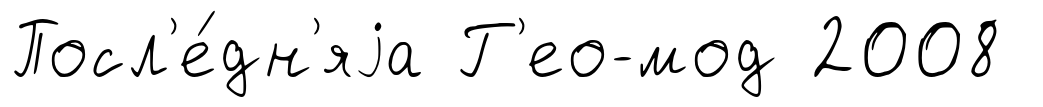
Посл'е́дн'яjа Г'ео-мод 2008